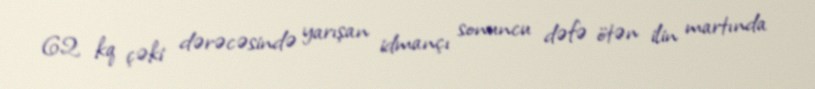
62 kq çəki dərəcəsində yarışan idmançı sonuncu dəfə ötən ilin martında